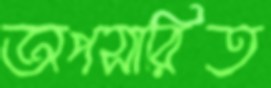
অপসারিত